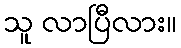
သူ လာပြီလား။